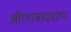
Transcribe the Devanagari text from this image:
औरंगाबादवरून